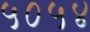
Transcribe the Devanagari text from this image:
५०५४